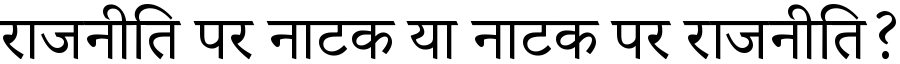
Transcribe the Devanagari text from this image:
राजनीति पर नाटक या नाटक पर राजनीति?